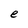
Character: e